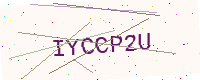
Text: IYCCP2U